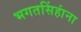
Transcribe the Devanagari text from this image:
भगतसिंहांना